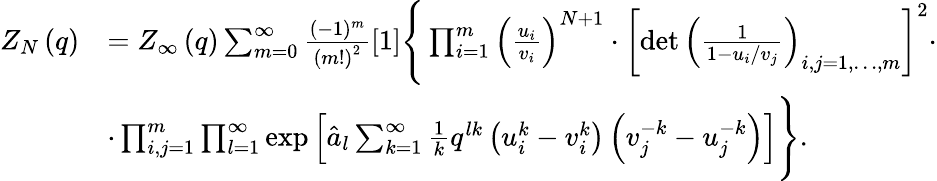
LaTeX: \begin{array}{rl}{Z_{N}\left(q\right)}&{=Z_{\infty}\left(q\right)\sum_{m=0}^{\infty}\frac{(-1)^{m}}{\left(m!\right)^{2}}[1]\Bigg\{ \prod_{i=1}^{m}\left(\frac{u_{i}}{v_{i}}\right)^{N+1}\cdot\left[\operatorname*{det}\left(\frac{1}{1-u_{i}/v_{j}}\right)_{i,j=1,\dots,m}\right]^{2}\cdot}\\ &{\cdot\prod_{i,j=1}^{m}\prod_{l=1}^{\infty}\exp\left[\hat{a}_{l}\sum_{k=1}^{\infty}\frac{1}{k}q^{lk}\left(u_{i}^{k}-v_{i}^{k}\right)\left(v_{j}^{-k}-u_{j}^{-k}\right)\right]\Bigg\} .}\end{array}